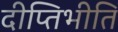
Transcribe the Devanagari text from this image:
दीप्तिभीति